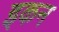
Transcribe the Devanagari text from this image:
इकन